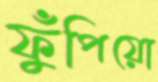
ফুঁপিয়ো